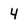
Character: 4